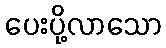
ပေးပို့လာသော